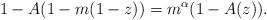
LaTeX: \begin{align*}1- A(1-m(1-z)) = m^\alpha(1-A(z)).\end{align*}